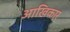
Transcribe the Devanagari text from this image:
आखिकार